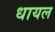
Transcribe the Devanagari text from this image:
धायल